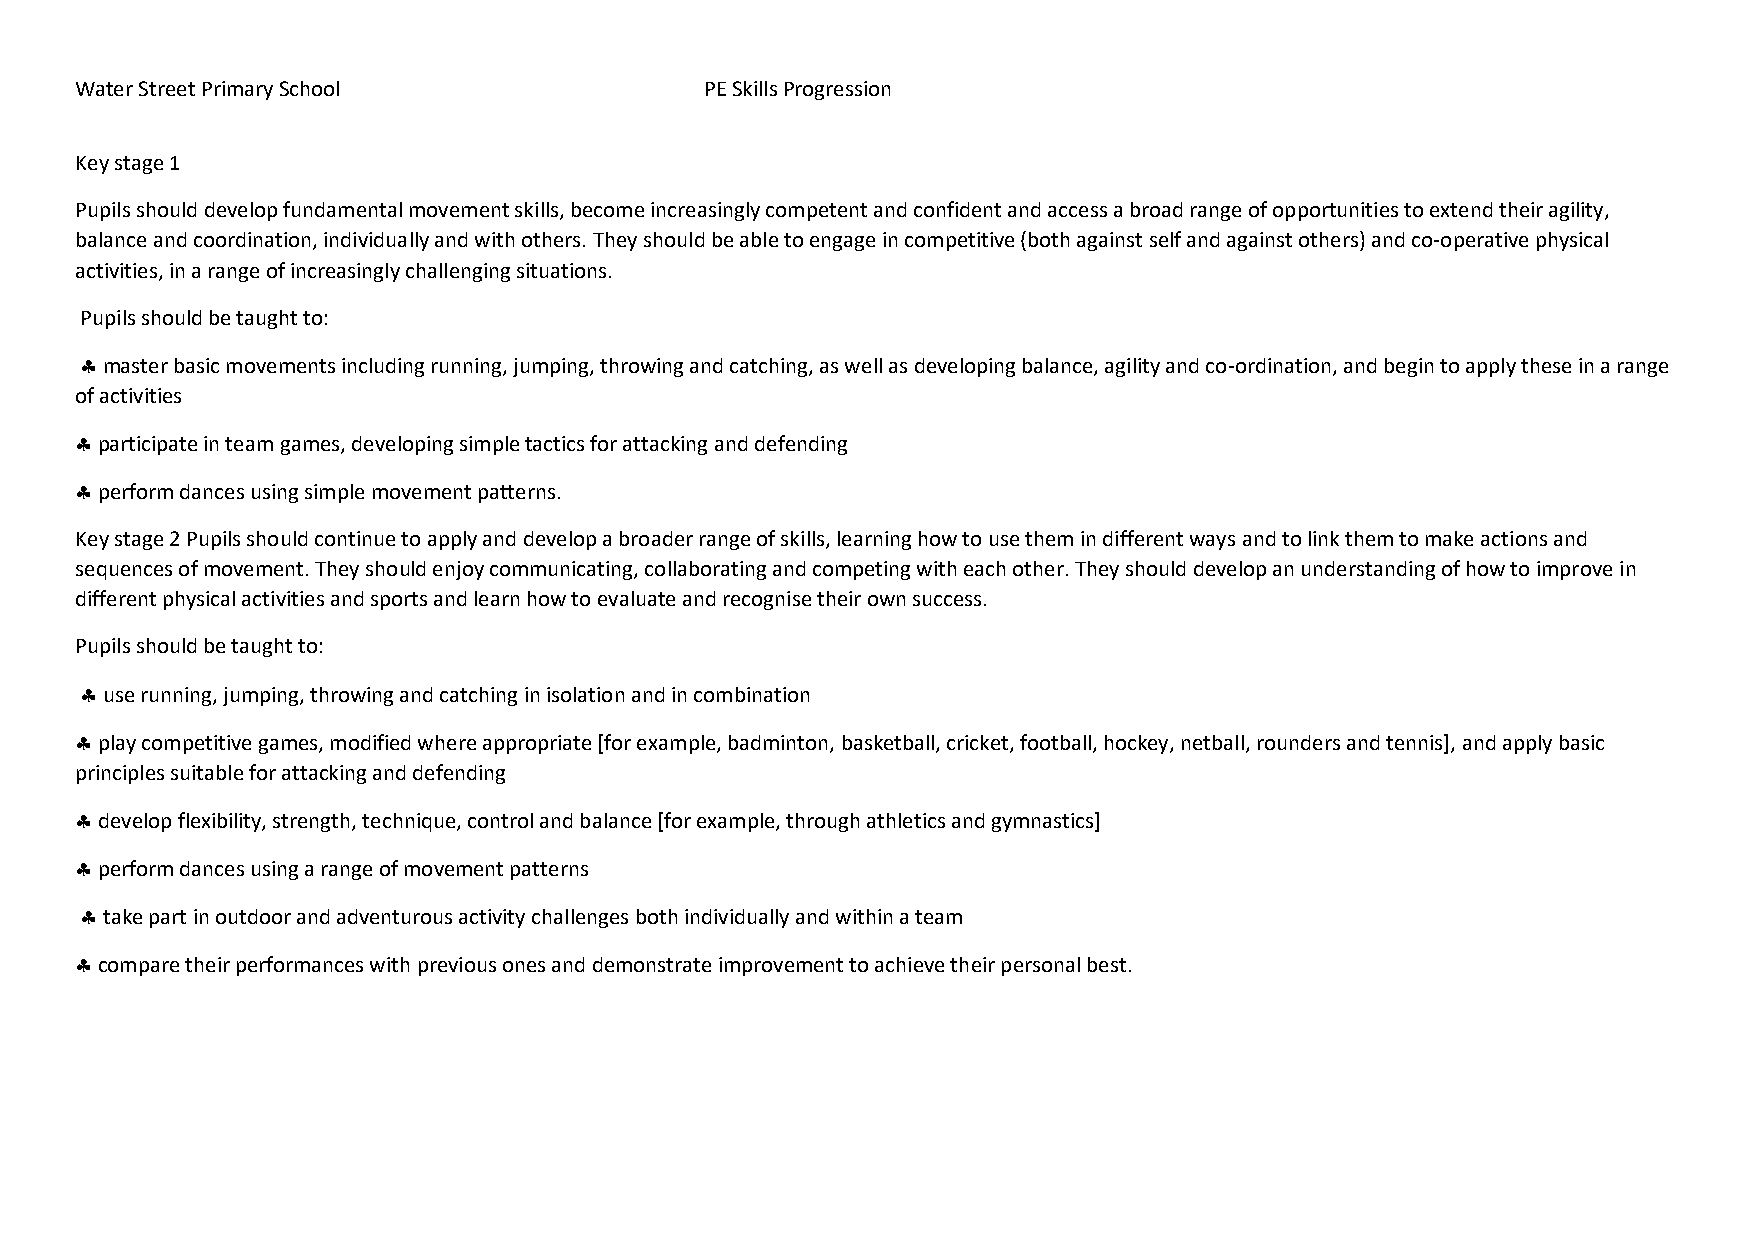
Water Street Primary School               PE Skills Progression
 Key stage 1
 Pupils should develop fundamental movement skills, become increasingly competent and confident and access a broad range of opportunities to extend their agility,
 balance and coordination, individually and with others. They should be able to engage in competitive (both against self and against others) and co-operative physical
 activities, in a range of increasingly challenging situations.
 Pupils should be taught to:
  master basic movements including running, jumping, throwing and catching, as well as developing balance, agility and co-ordination, and begin to apply these in a range
 of activities
  participate in team games, developing simple tactics for attacking and defending
  perform dances using simple movement patterns.
 Key stage 2 Pupils should continue to apply and develop a broader range of skills, learning how to use them in different ways and to link them to make actions and
 sequences of movement. They should enjoy communicating, collaborating and competing with each other. They should develop an understanding of how to improve in
 different physical activities and sports and learn how to evaluate and recognise their own success.
 Pupils should be taught to:
  use running, jumping, throwing and catching in isolation and in combination
  play competitive games, modified where appropriate [for example, badminton, basketball, cricket, football, hockey, netball, rounders and tennis], and apply basic
 principles suitable for attacking and defending
  develop flexibility, strength, technique, control and balance [for example, through athletics and gymnastics]
  perform dances using a range of movement patterns
  take part in outdoor and adventurous activity challenges both individually and within a team
  compare their performances with previous ones and demonstrate improvement to achieve their personal best.